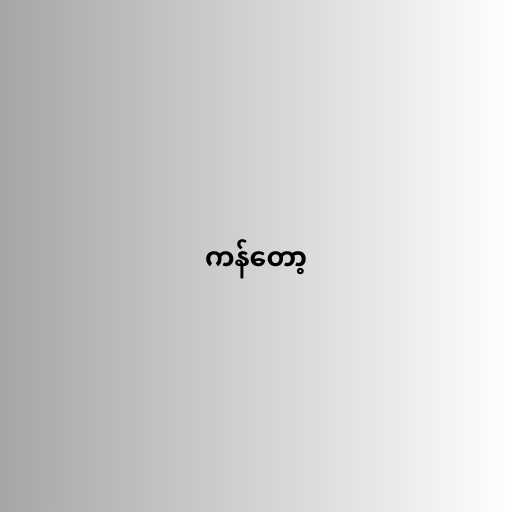
ကန်တော့